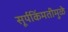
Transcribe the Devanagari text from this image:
सूर्यकिंमतीमुळे